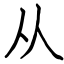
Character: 从